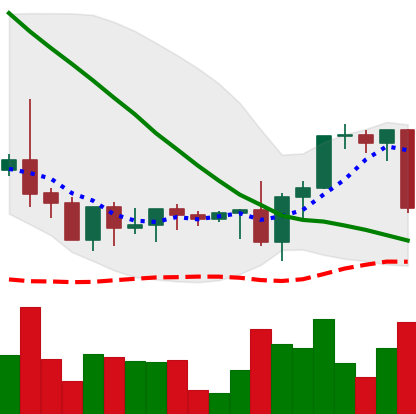
Ticker: XRP-USD
Chart end date: 2022-09-13
Forward return: 7.381%
Label: up_7plus